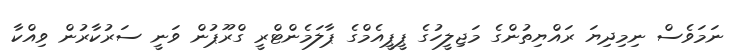
ނަމަވެސް ނިމިދިޔަ ރައްޔިތުންގެ މަޖިލީހުގެ ޕީޕީއެމްގެ ޕާލަމެންޓްރީ ގްރޫޕުން ވަނީ ސަރުކާރުން ވިއްކާ